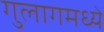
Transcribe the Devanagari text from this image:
गुलागमध्ये